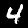
Label: 4